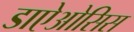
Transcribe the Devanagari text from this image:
डाऐओसिस